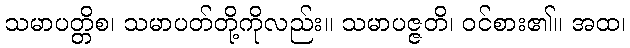
သမာပတ္တိစ၊ သမာပတ်တို့ကိုလည်း။ သမာပဇ္ဇတိ၊ ဝင်စား၏။ အထ၊